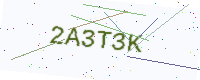
Text: 2A3T3K